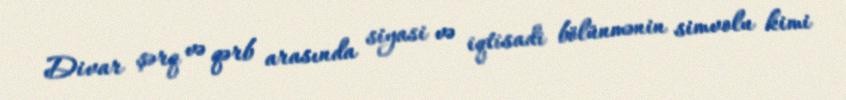
Divar şərq və qərb arasında siyasi və iqtisadi bölünmənin simvolu kimi